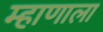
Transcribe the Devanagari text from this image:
म्हाणाला